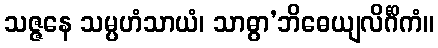
သဇ္ဇနေ သမ္ပဟံသာယံ၊ သာဓွာ’ဘိဓေယျလိင်္ဂိကံ။